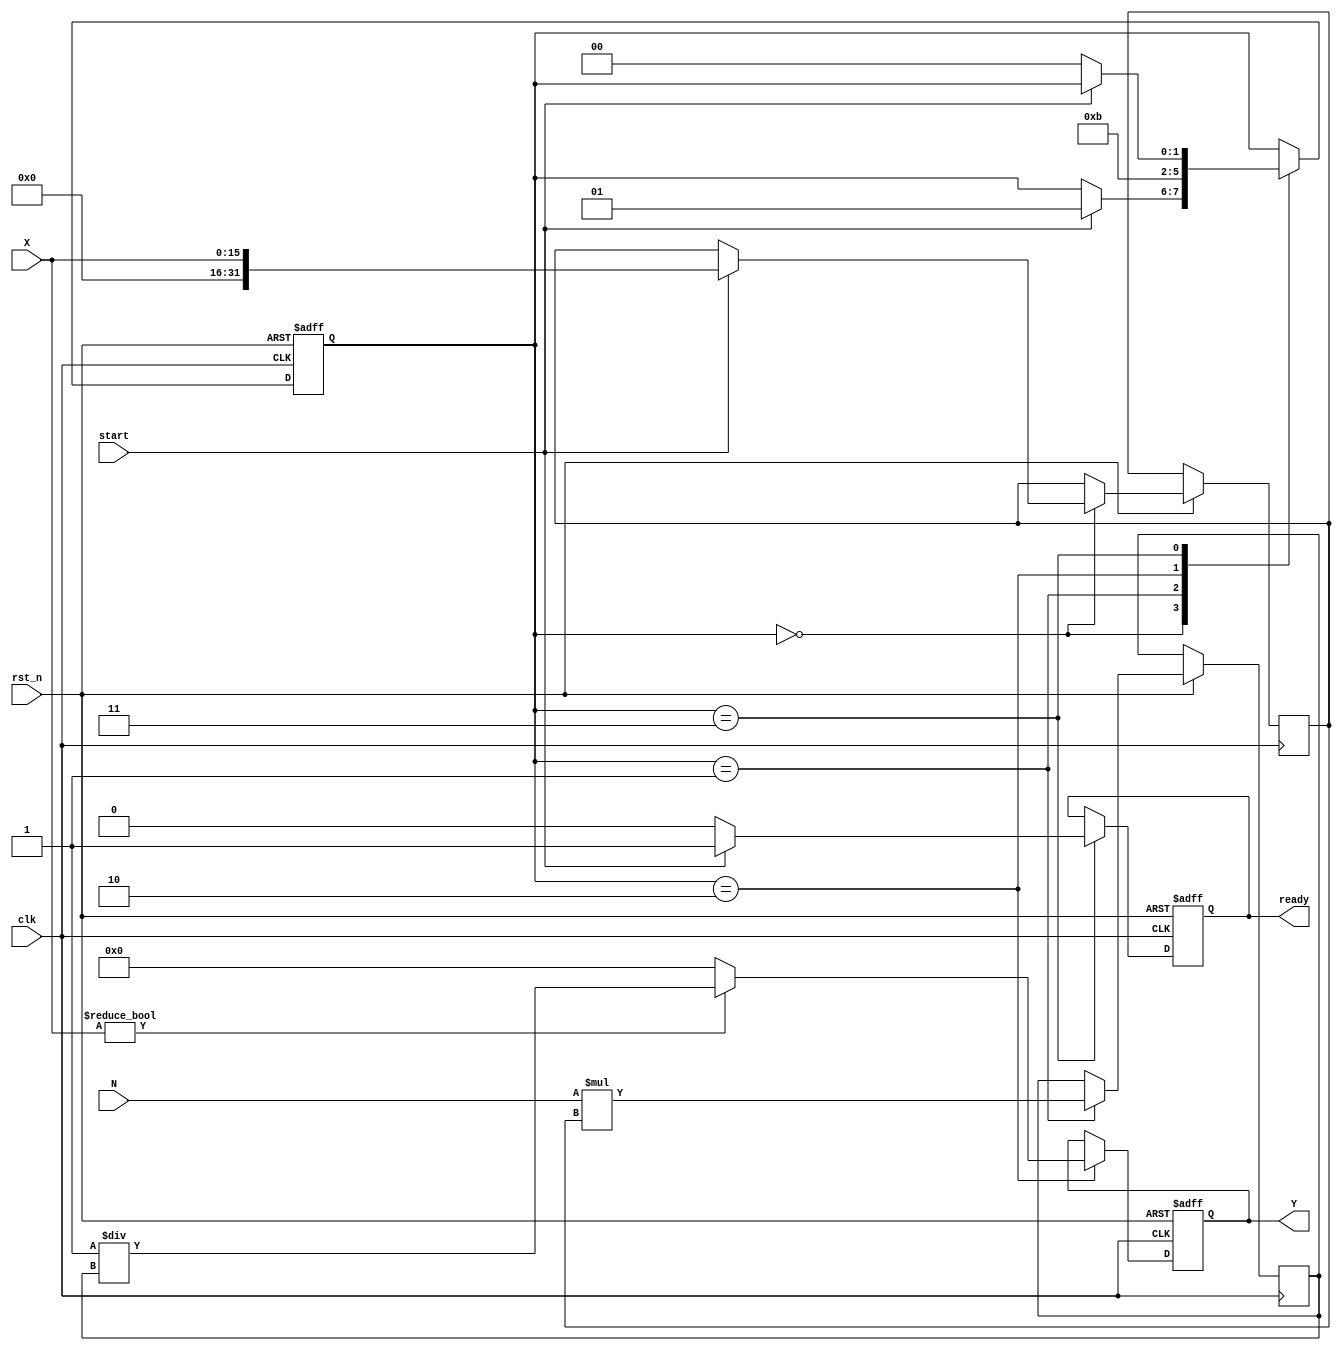
module FractionalOrderReciprocal (
    input wire clk,                // Clock signal
    input wire rst_n,              // Active-low reset
    input wire [15:0] X,           // Input variable (fixed-point representation)
    input wire [15:0] N,           // Fractional order (fixed-point representation)
    input wire start,              // Start signal for computation
    output reg [31:0] Y,           // Output result (fixed-point representation)
    output reg ready               // Ready signal to indicate completion
);

    // Internal signals
    reg [31:0] ln_X;               // Logarithm of X
    reg [31:0] exp_N_ln_X;         // Exponential of N * ln(X)
    reg [31:0] X_power_N;          // X^N
    reg [1:0] state;               // FSM state
    reg [31:0] temp_result;        // Temporary result for computations

    // State encoding
    localparam IDLE       = 2'b00;
    localparam CALC_LN    = 2'b01;
    localparam CALC_EXP   = 2'b10;
    localparam DONE       = 2'b11;

    // Logarithm and Exponential computation (simplified)
    function [31:0] log;
        input [15:0] x;
        begin
            // Placeholder for logarithm computation
            log = x; // Replace with actual logarithm calculation
        end
    endfunction

    function [31:0] exp;
        input [31:0] x;
        begin
            // Placeholder for exponential computation
            exp = x; // Replace with actual exponential calculation
        end
    endfunction

    // State machine for computation
    always @(posedge clk or negedge rst_n) begin
        if (!rst_n) begin
            state <= IDLE;
            Y <= 32'b0;
            ready <= 1'b0;
        end else begin
            case (state)
                IDLE: begin
                    if (start) begin
                        ln_X <= log(X); // Compute ln(X)
                        state <= CALC_LN;
                    end
                end
                CALC_LN: begin
                    exp_N_ln_X <= exp(N * ln_X); // Compute e^(N * ln(X))
                    state <= CALC_EXP;
                end
                CALC_EXP: begin
                    if (X != 0) begin
                        Y <= 32'b1 / exp_N_ln_X; // Compute Y = 1 / (X^N)
                    end else begin
                        Y <= 32'b0; // Handle division by zero
                    end
                    state <= DONE;
                end
                DONE: begin
                    ready <= 1'b1; // Indicate computation is done
                    if (!start) begin
                        state <= IDLE; // Reset state on start signal low
                        ready <= 1'b0;
                    end
                end
            endcase
        end
    end

endmodule